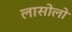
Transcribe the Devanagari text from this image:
लासोलो